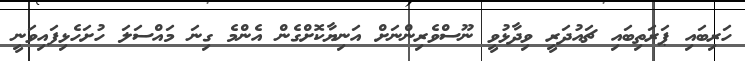
ހަރިބައި ޕަރަތިބައި ޗައުދަރީ ވިދާޅުވީ ނޫސްވެރިންނަށް އަނިޔާކޮށްގެން އެންމެ ގިނަ މައްސަލަ ހުށަހެޅިފައިވަނީ